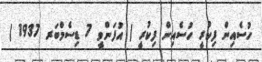
ހުސެއިން ފިކުރީ ހުސެއިން ފިކުރީ ( އުފަންވީ 7 ޑިސެމްބަރ 1937 )